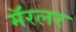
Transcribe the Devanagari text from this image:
मॅरलर